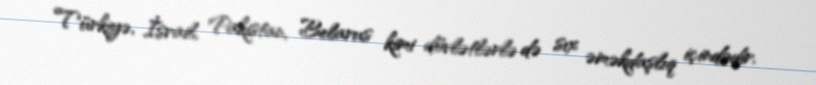
Türkiyə, İsrail, Pakistan, Belarus kimi dövlətlərlə də sıx əməkdaşlıq içindədir.